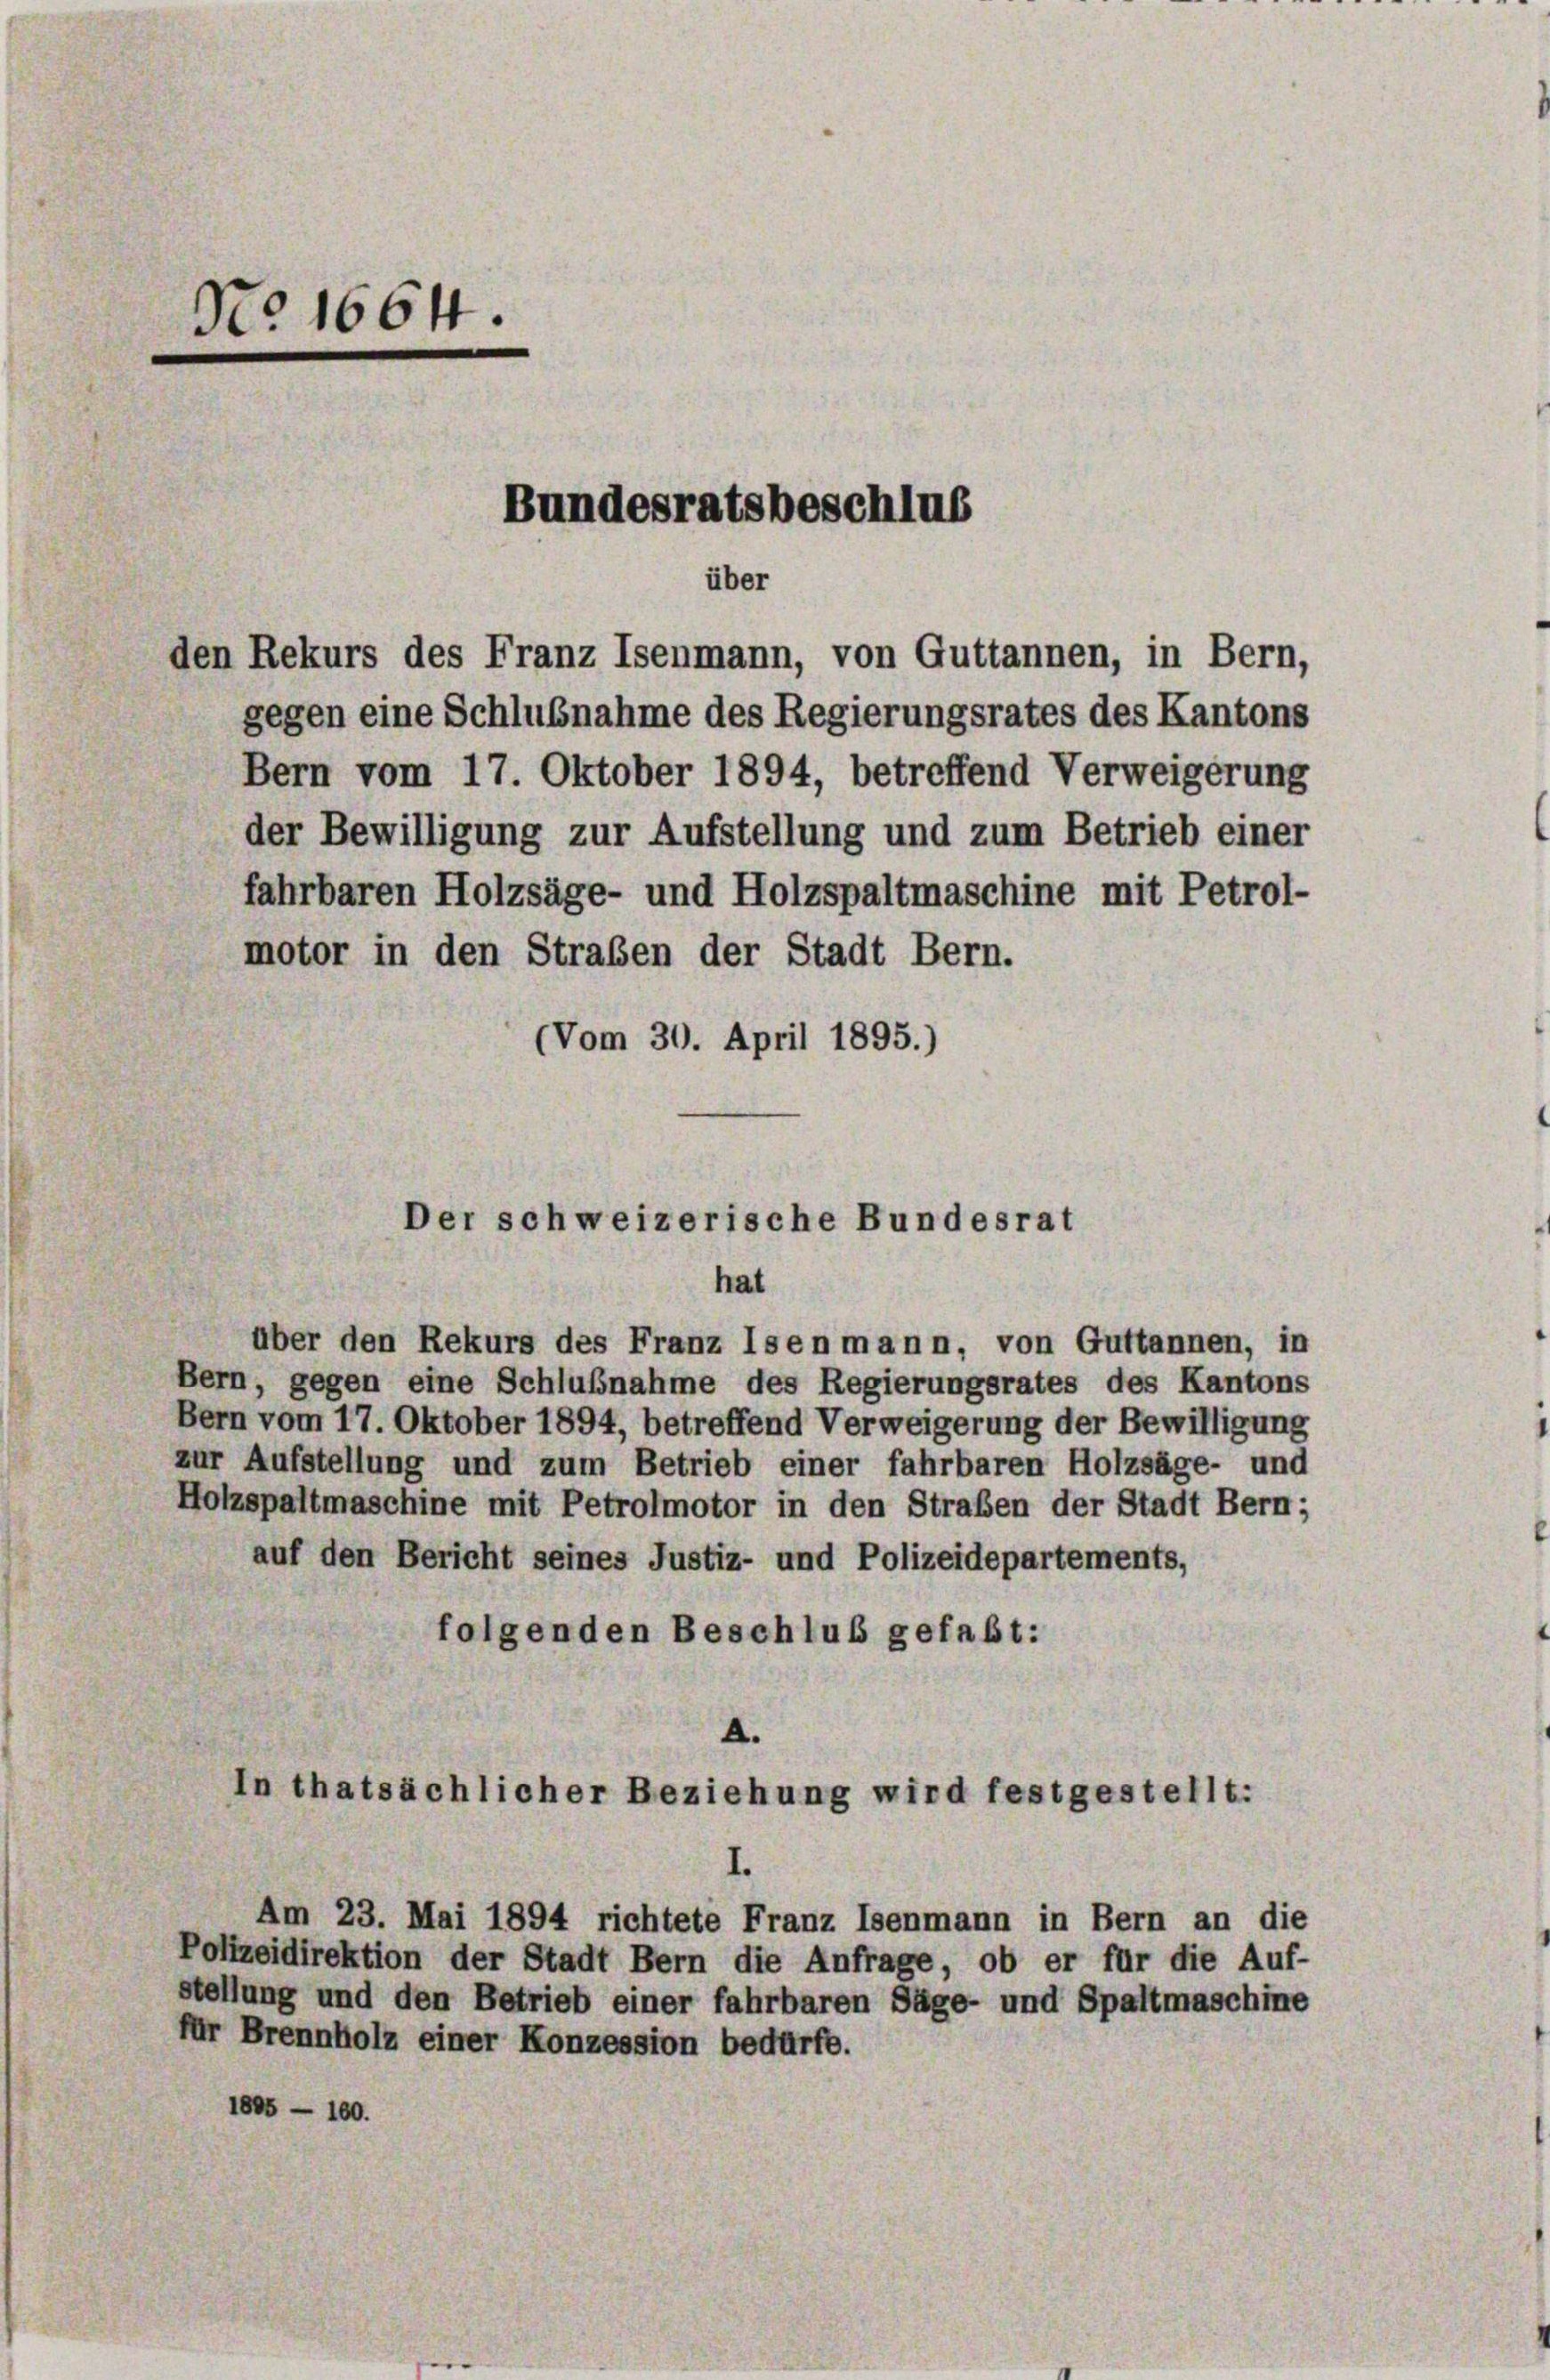
N° 1664.
Bundesratsbeschlus
über
den Rekurs des Franz Isenmann, von Guttannen, in Bern,

Der schweizerische Bundesrat
hat

gegen eine Schlußnahme des Regierungsrates des Kantons
Bern vom 17. Oktober 1894, betreffend Verweigerung
der Bewilligung zur Aufstellung und zum Betrieb einer
fahrbaren Holzsäge- und Holzspaltmaschine mit Petrol-
motor in den Straßen der Stadt Bern.
(Vom 30. April 1895.)

A.
In thatsächlicher Beziehung wird festgestellt:

über den Rekurs des Franz Isenmann, von Guttannen, in
Bern, gegen eine Schlußnahme des Regierungsrates des Kantons
Bern vom 17. Oktober 1894, betreffend Verweigerung der Bewilligung
zur Aufstellung und zum Betrieb einer fahrbaren Holzsäge- und
Holzspaltmaschine mit Petrolmotor in den Straßen der Stadt Bern;
auf den Bericht seines Justiz- und Polizeidepartements,
folgenden Beschluß gefaßt:

Am 23. Mai 1894 richtete Franz Isenmann in Bern an die
Polizeidirektion der Stadt Bern die Anfrage, ob er für die Auf-
stellung und den Betrieb einer fahrbaren Säge- und Spaltmaschine
für Brennholz einer Konzession bedürfe.
1885 - 160.